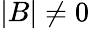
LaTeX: |B|\ne 0